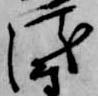
衛